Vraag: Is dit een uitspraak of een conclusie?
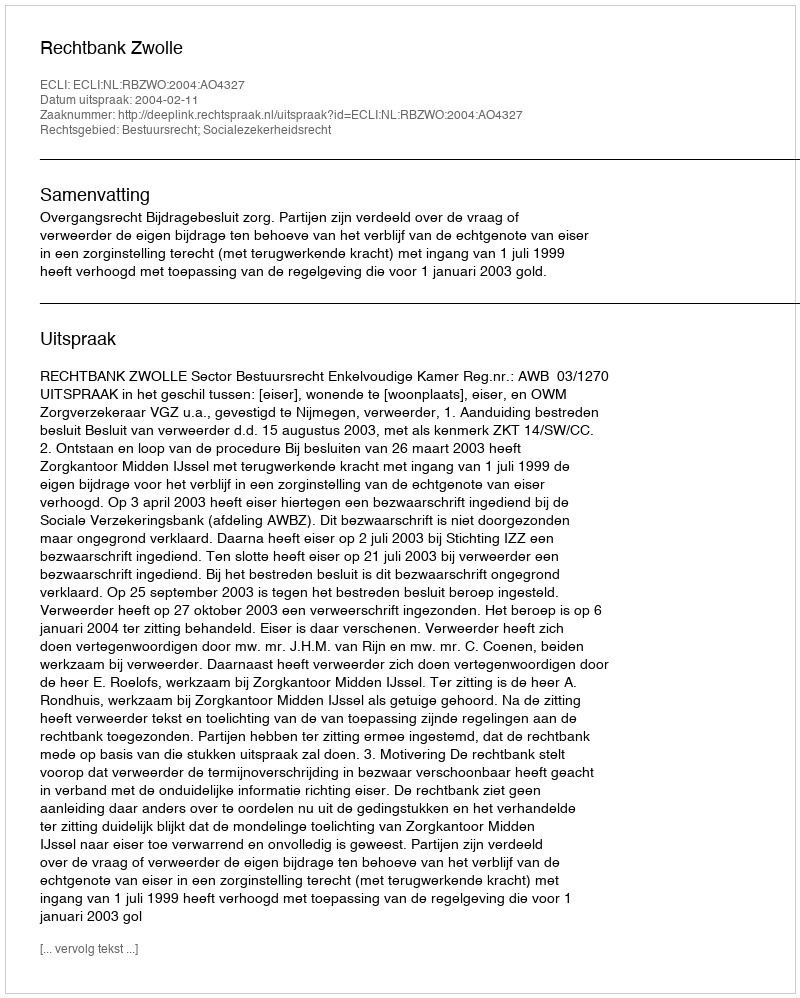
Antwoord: Uitspraak